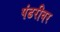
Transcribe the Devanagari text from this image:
पंढरीवर